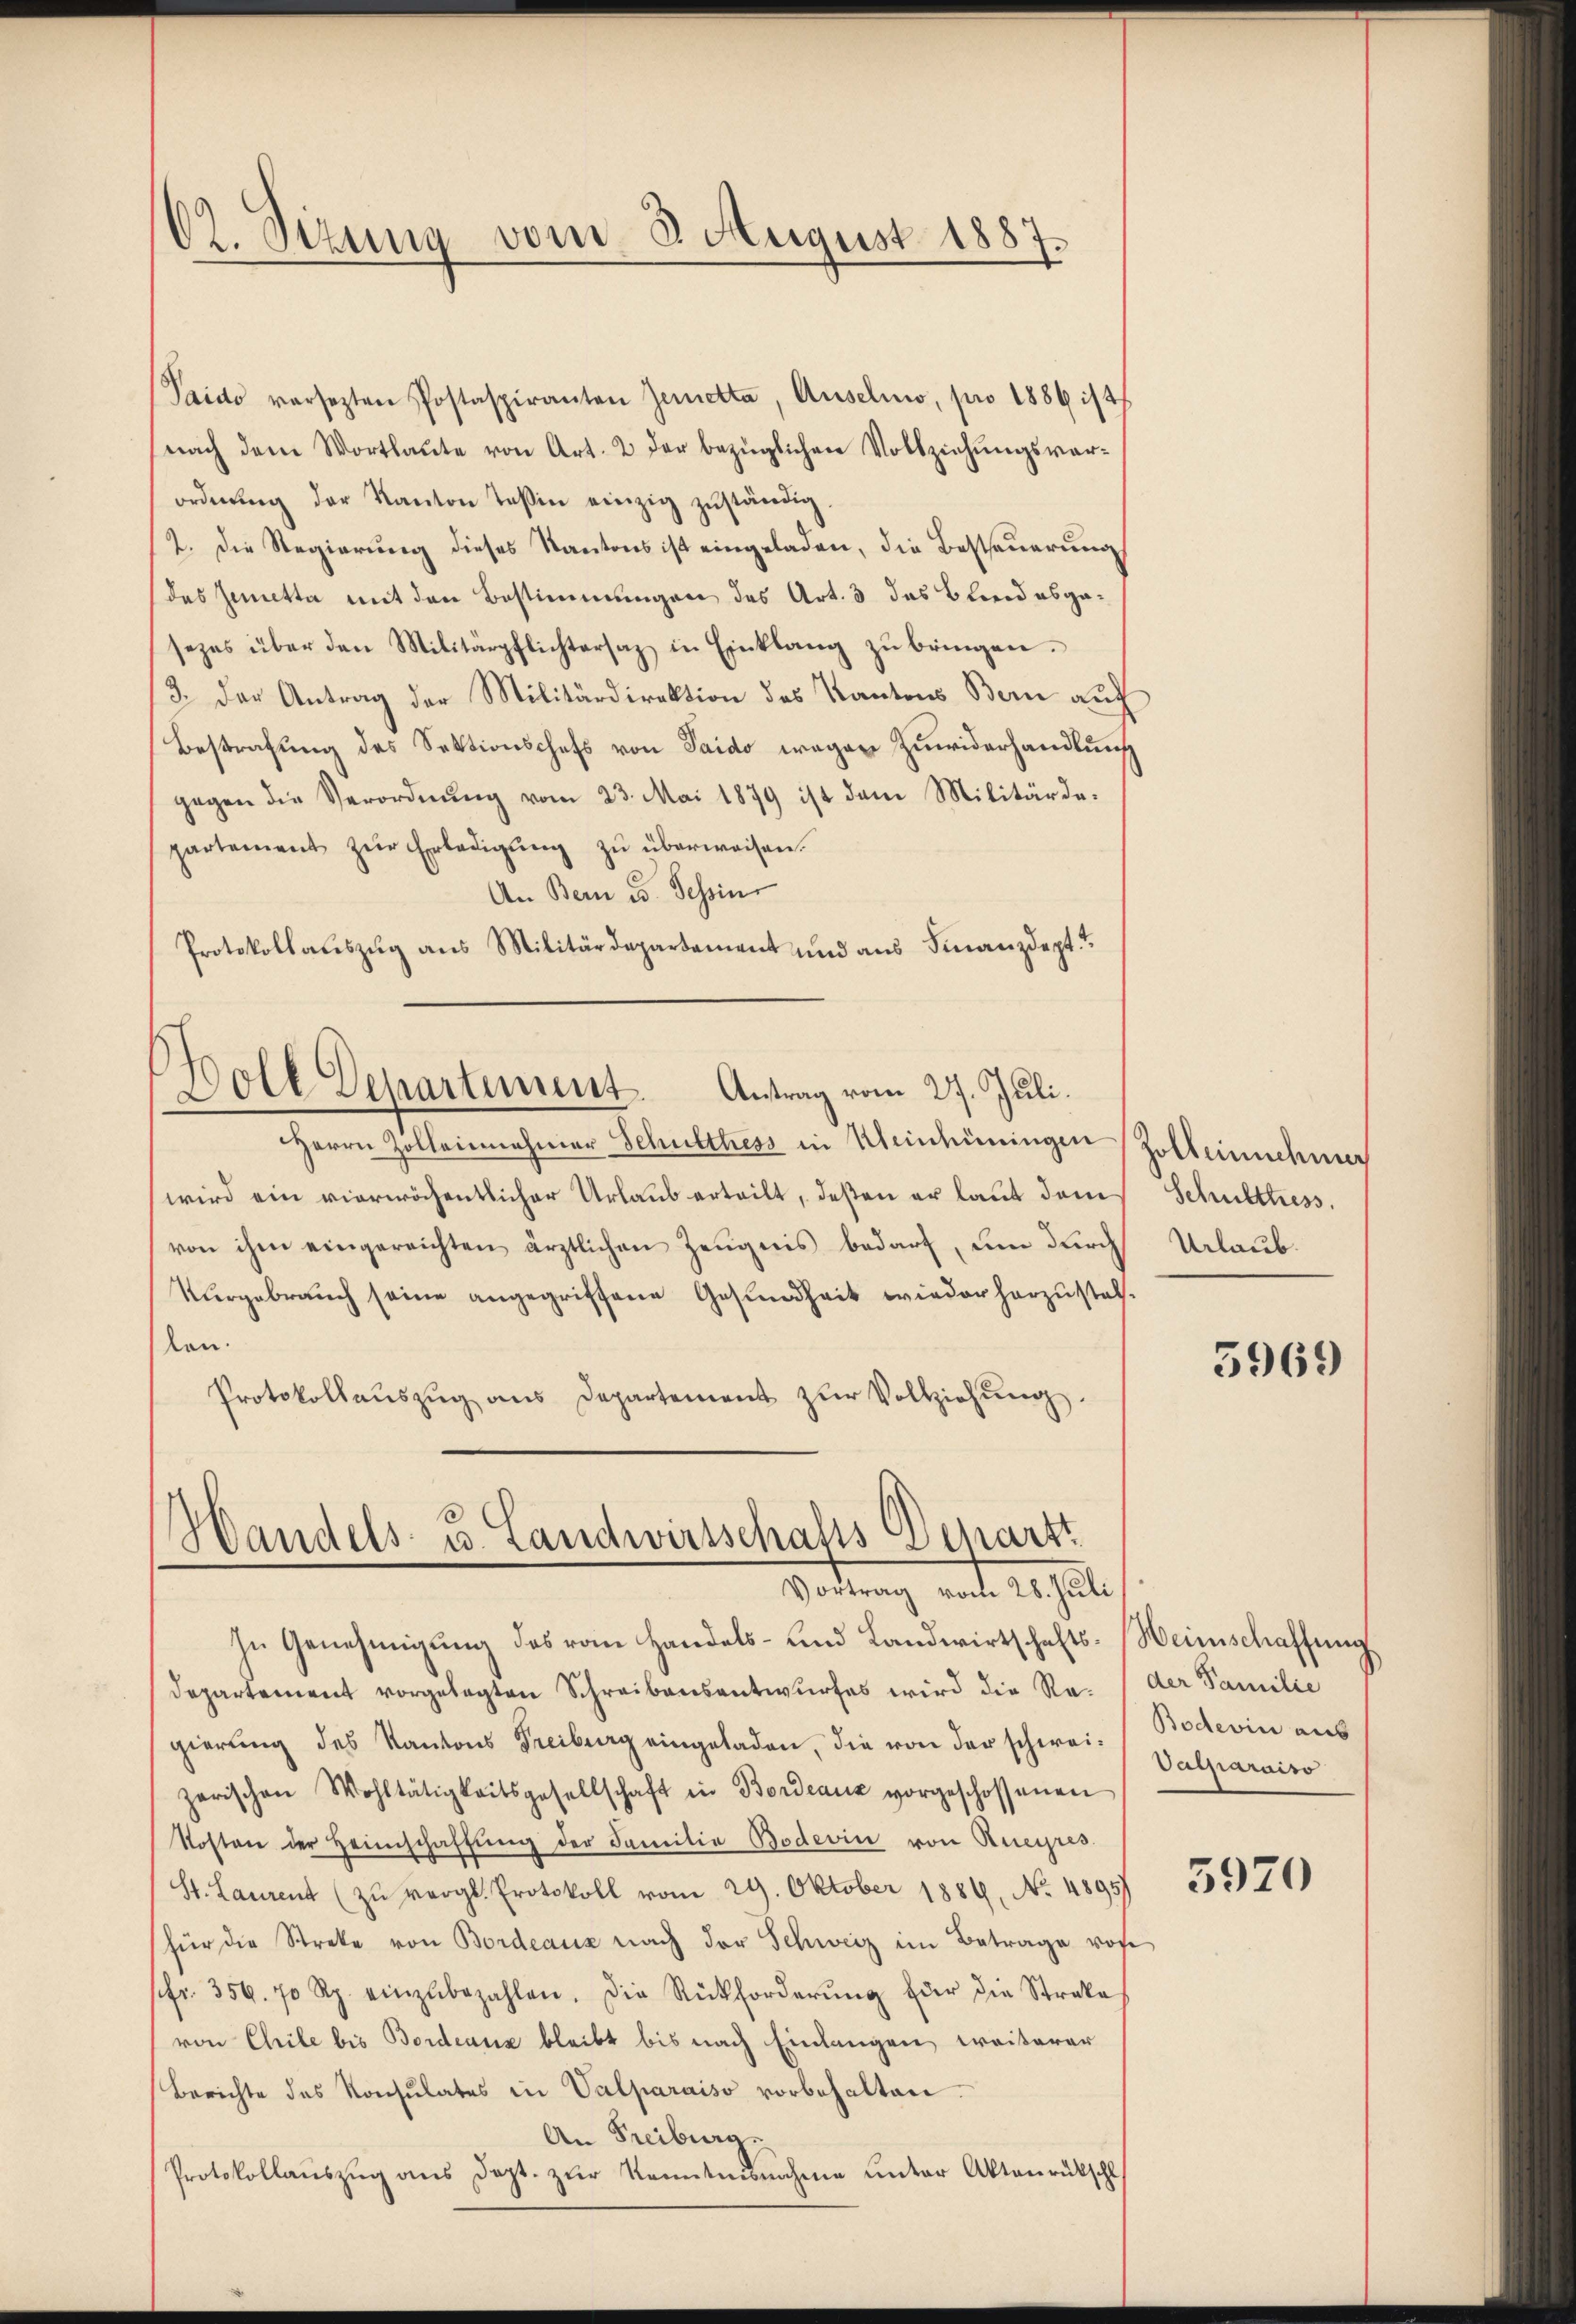
62. Sizung vom 3. August 1887.

Paido versezten Postaspiranten Jenetta, Auselno, pro 1886 ist
nach dem Wortlaŭte von Art. 2 der bezüglichen Vollziehungsverordnŭng der Kanton Teßin einzig zŭständig
2. Die Regierung dieses Kantons ist eingeladen, die Besteuerung
(das Zemetta mit den Bestimmungen des Art. 3 das Bleid abgesezes über den Militärpflichtersaz in Einklang zŭ bringen.
/3. der Antrag der Militärdirektion des Kantons Bern auch
Bestrafung des Sektionschefs von Saido wegen Zuwiderhandlung
gegen die Verordnung vom 23. Mai 1879 ist dem Militärdepartement zŭr Erledigŭng zŭ überweisen.
An Bern u. Tessin
Protokollauszug aus Militärdepartement und aus Finanzdept

Boll Departement. Antrag vom 27. Juli.

Herrn Zolleinnehmer Schulthess in Weinhüringen Zolleinnehmig
wird ein vierwöchentlicher Urlaub erteilt, deßen er laut dem
von ihm eingereichten ärztlichen Zeugnis bedarf, um durch
Vergebrauch seine angegriffene Gesundheit wieder herzustellen.
Protokollaŭszŭg ans Departement zŭr Vollziehung.

Handels- u. Landwirtschafts Depart
Portung mit 20 Ja

In Genehmigung des vom Handels- und Landwirtschafts-Heimschaffung
departement vorgelegten Schreibensentwurfes wird die Ra. / der Familie
gierung des Kantons Freiburg eingeladen, die von der schwer Valparaiso
zerischen Wohltätigkeitsgesellschaft in Bordeauz vorgeschossenen
Kosten der Heimschaffŭng der Familie Bodevin von Rueypres
St. Laurent (zŭ vergl. Protokoll vom 29. Oktober 1884. No. 4895)
für die Streke von Bordeaux nach der Schweiz im Betrage von
ffr. 356. 70 Rp. einzŭbezahlen. Die Rückforderŭng der die Streke
von Chile bis Bordeaus bleibt bis nach Einlangen weiterer
Berichte des Konsulates in Valparaiso vorbehalten
An Freiburg.
Protokollaŭszŭg ans Dept. zŭr Kenntnisnahme unter Aktenrückschl

Schulthess.
Urlaub.

5969

Bodevin aus

5920